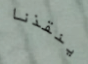
ينقذنا